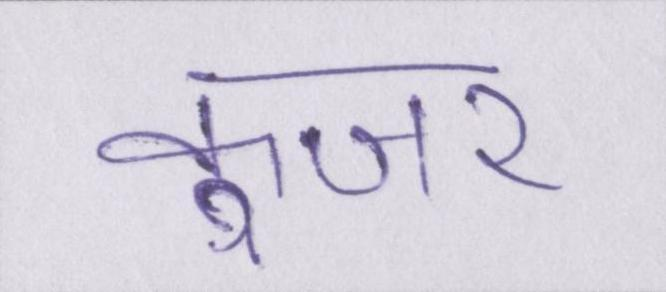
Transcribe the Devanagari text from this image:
कूजर